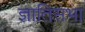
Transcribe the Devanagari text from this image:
ज्ञातिसभा